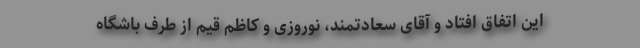
این اتفاق افتاد و آقای سعادتمند، نوروزی و کاظم قیم از طرف باشگاه